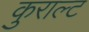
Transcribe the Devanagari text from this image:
कुराल्ट